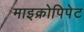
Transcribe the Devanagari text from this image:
माइक्रोपिपेट